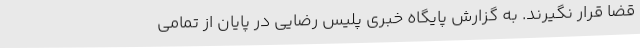
قضا قرار نگیرند. به گزارش پایگاه خبری پلیس رضایی در پایان از تمامی